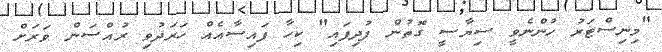
"މިނިސްޓަރު ހުންނެވީ ސިޔާސީ ގޮތުން ފުދިފައި" ކިހާ ފައިސާއެއް ހަރަދުވި ރުއްސަން ވަރަށް